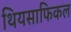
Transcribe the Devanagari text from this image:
थियसाफिकल